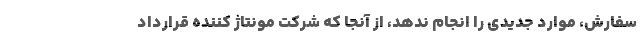
سفارش، موارد جدیدی را انجام ندهد، از آنجا که شرکت مونتاژ کننده قرارداد